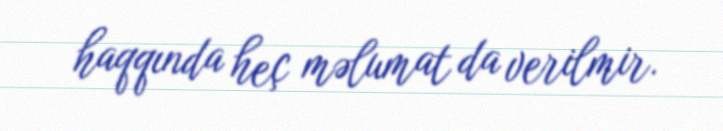
haqqında heç məlumat da verilmir.